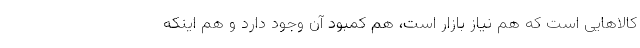
کالاهایی است که هم نیاز بازار است، هم کمبود آن وجود دارد و هم اینکه